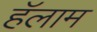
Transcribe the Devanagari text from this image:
हॅलाम